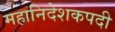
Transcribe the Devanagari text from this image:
महानिदेशकपदी